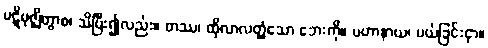
ပဋိဗုဇ္ဈိတွာစ၊ သိပြီး၍လည်း။ တဿ၊ ထိုလာလတ္တံ့သော ဘေးကို။ ပဟာနာယ၊ ပယ်ခြင်းငှာ။